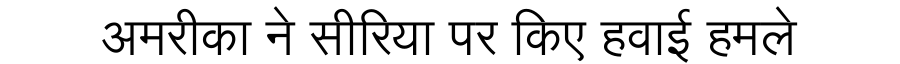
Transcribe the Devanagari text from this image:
अमरीका ने सीरिया पर किए हवाई हमले